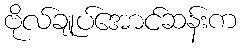
ဗိုလ်ချုပ်အောင်ဆန်းက